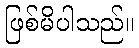
ဖြစ်မိပါသည်။